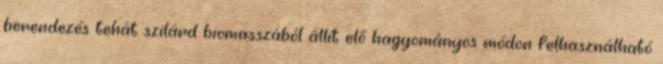
berendezés tehát szilárd biomasszából állít elő hagyományos módon felhasználható